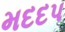
મદદપ